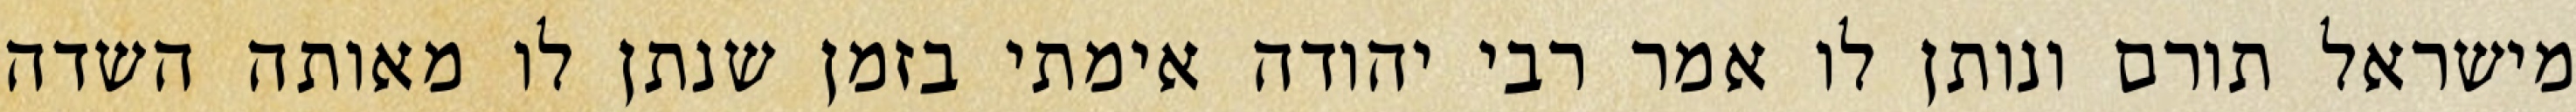
מישראל תורם ונותן לו אמר רבי יהודה אימתי בזמן שנתן לו מאותה השדה